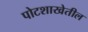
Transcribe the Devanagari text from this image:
पोटशाखेतील